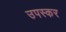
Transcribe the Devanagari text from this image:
उपस्‍कर